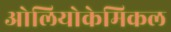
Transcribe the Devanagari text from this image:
ओलियोकेमिकल